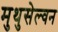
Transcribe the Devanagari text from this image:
मुथुसेल्वन